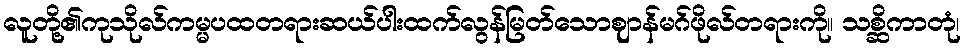
လူတို့၏ကုသိုလ်ကမ္မပထတရားဆယ်ပါးထက်လွန်မြတ်သောဈာန်မဂ်ဖိုလ်တရားကို။ သစ္ဆိကာတုံ၊